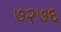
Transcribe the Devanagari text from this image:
७२७६